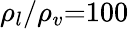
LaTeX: {\rho_{l}}/{\rho_{v}}\mathrm{{=}}100